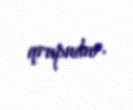
qrupudur.